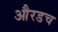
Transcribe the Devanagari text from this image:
औरडच